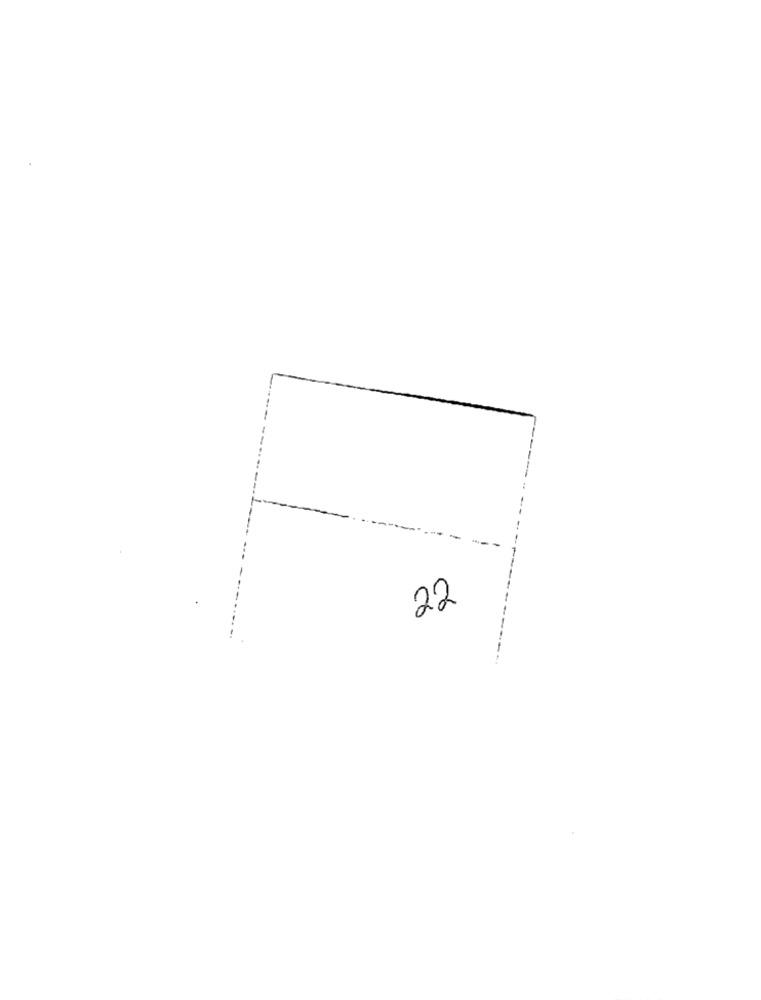
22